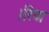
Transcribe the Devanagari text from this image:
।रिया